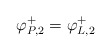
\begin{align*}\varphi^+_{P,2}=\varphi^+_{L,2}\end{align*}